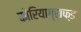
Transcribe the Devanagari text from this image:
कोरियाग्राफ्ड